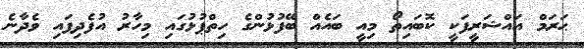
ޙަރަމް އައްޝަރީފަކީ ކޮބައިތޯ މިއީ ބައެއް ބޭފުޅުންގެ ހިތްޕުޅުގައި މިހާރު އުފެދިފައި ވެދާނެ